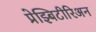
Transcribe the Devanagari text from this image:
प्रेझ्बिटीरिअन